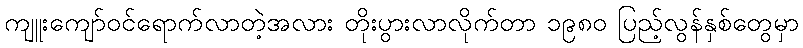
ကျူးကျော်ဝင်ရောက်လာတဲ့အလား တိုးပွားလာလိုက်တာ ၁၉၈၀ ပြည့်လွန်နှစ်တွေမှာ